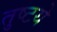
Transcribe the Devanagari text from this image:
तुष्टये